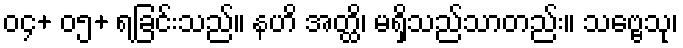
၀၄+ ၀၅+ ရခြင်းသည်။ နဟိ အတ္ထိ၊ မရှိသည်သာတည်း။ သဗ္ဗေသု၊